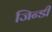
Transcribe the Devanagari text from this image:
जिन्डी